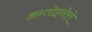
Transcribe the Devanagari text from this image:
अन्तोइनेत्ते